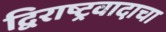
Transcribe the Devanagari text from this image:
द्विराष्ट्रवादाचा